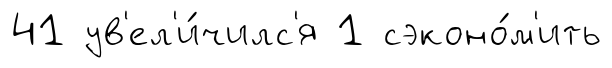
41 ув'ел'и́чилс'я 1 сэконо́м'ить